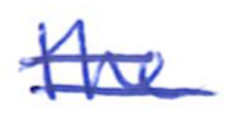
Text: the
Cross-out: double-line
Writing tool: ballpoint